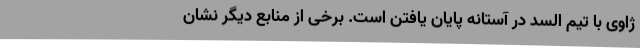
ژاوی با تیم السد در آستانه پایان یافتن است. برخی از منابع دیگر نشان